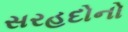
સરહદોનો